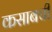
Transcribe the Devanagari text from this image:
कसाबची